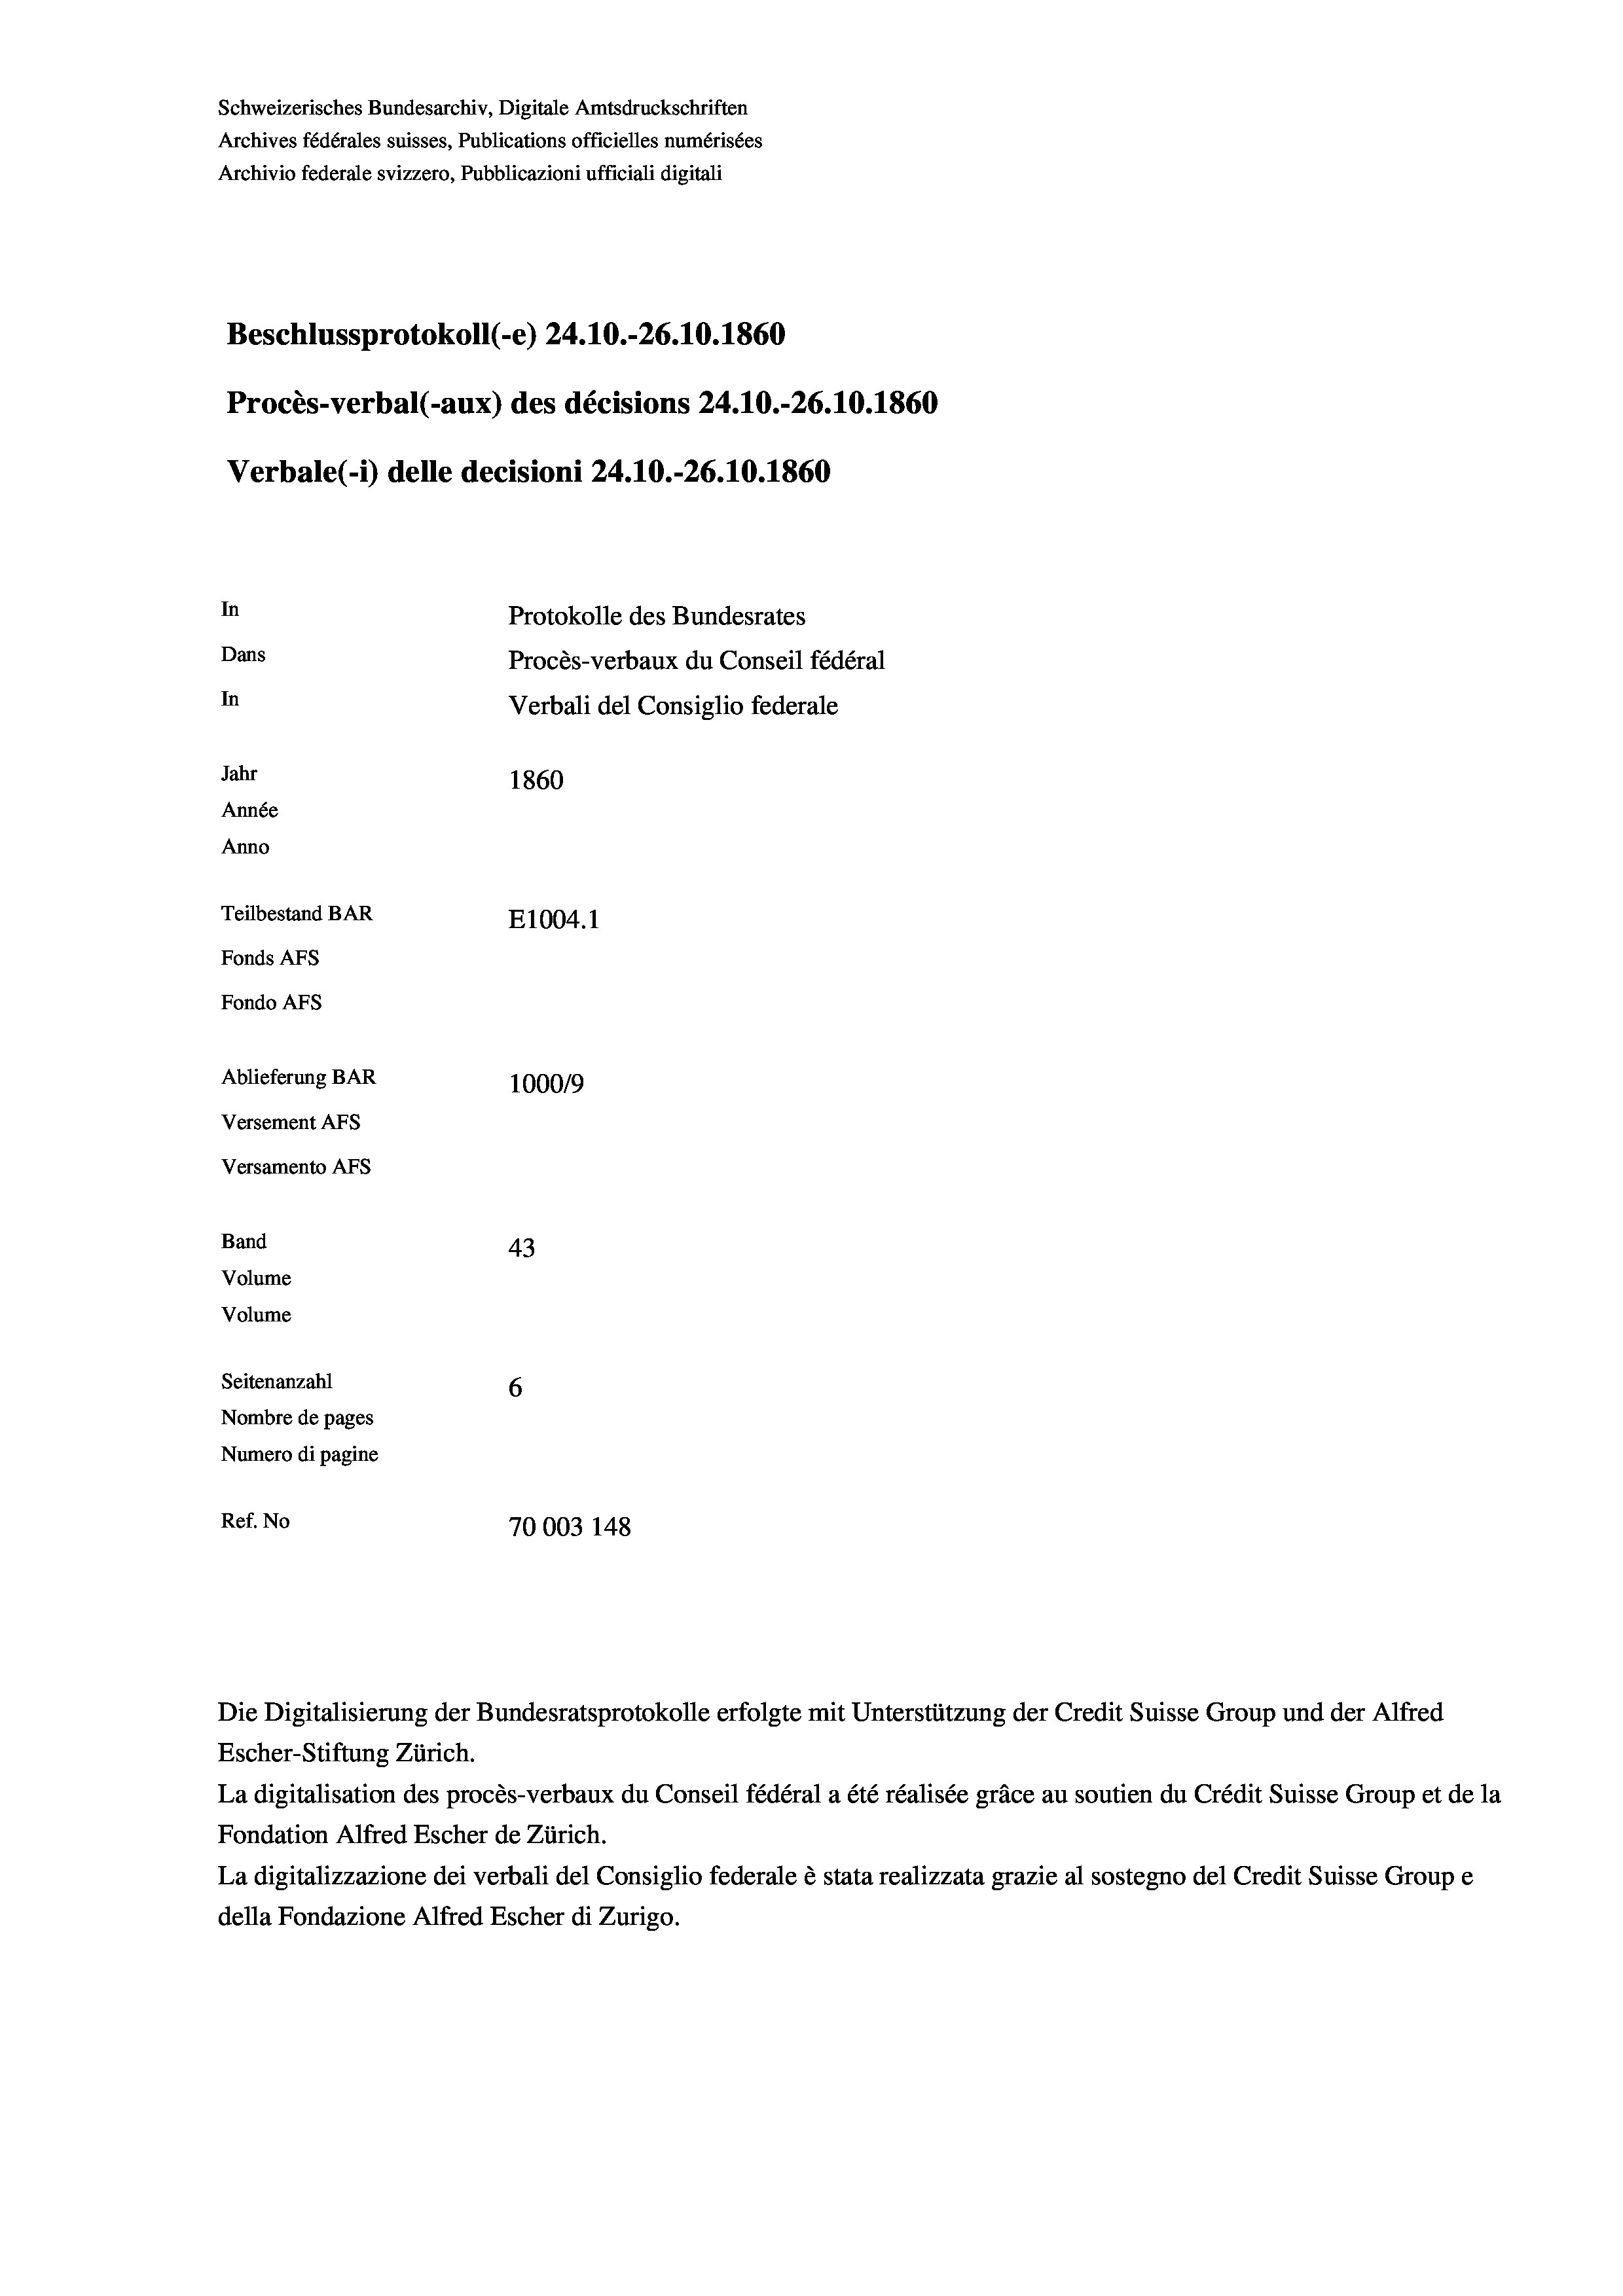
Schweizerisches Bundesarchiv, Digitale Amtsdruckschriften
Archives fédérales suisses, Publications officielles numérisées
Archivio federale svizzero, Pubblicazioni ufficiali digitali
Beschlussprotokoll (-e) 24.10.-26.10.1860
Procès-verbal (-aux) des décisions 24.10.-26.10.1860
Verbale (- 1) delle decisioni 24.10.-26.10.1860
In
Protokolle des Bundesrates
Dans
Procès-verbaux du Conseil fédéral
In
Verbali del Consiglio federale
Jahr
1860
Année
Anno
Teilbestand BAR
E1004.1
Fonds AFs
Fondo AFS
Ablieferung BAR
100019
Versement AFs
Versamento AFs

Band
Volume
Volume

43
Seitenanzahl
6
Nombre de pages
Numero di pagine
Ref. No
70003 148

Escher-Stiftung Zürich.
La digitalisation des procès-verbaux du Conseil fédéral a été réalisée gräce au soutien du Crédit Suisse Group et de la
Fondation Alfred Escher de Zürich.
La digitalizzazione dei verbali del Consiglio federale è stata realizzata grazie al sostegno del Credit Suisse Groupe
della Fondazione Alfred Escher di Zurigo.

Die Digitalisierung der Bundesratsprotokolle erfolgte mit Unterstützung der Credit Suisse Group und der Alfred